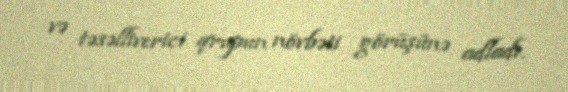
və təsəlliverici qrupun növbəti görüşünə adladı.